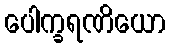
ပေါက္ခရဏိယော